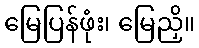
မြေပြန်ဖုံး၊ မြေညှိ။